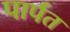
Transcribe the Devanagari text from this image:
पार्पत